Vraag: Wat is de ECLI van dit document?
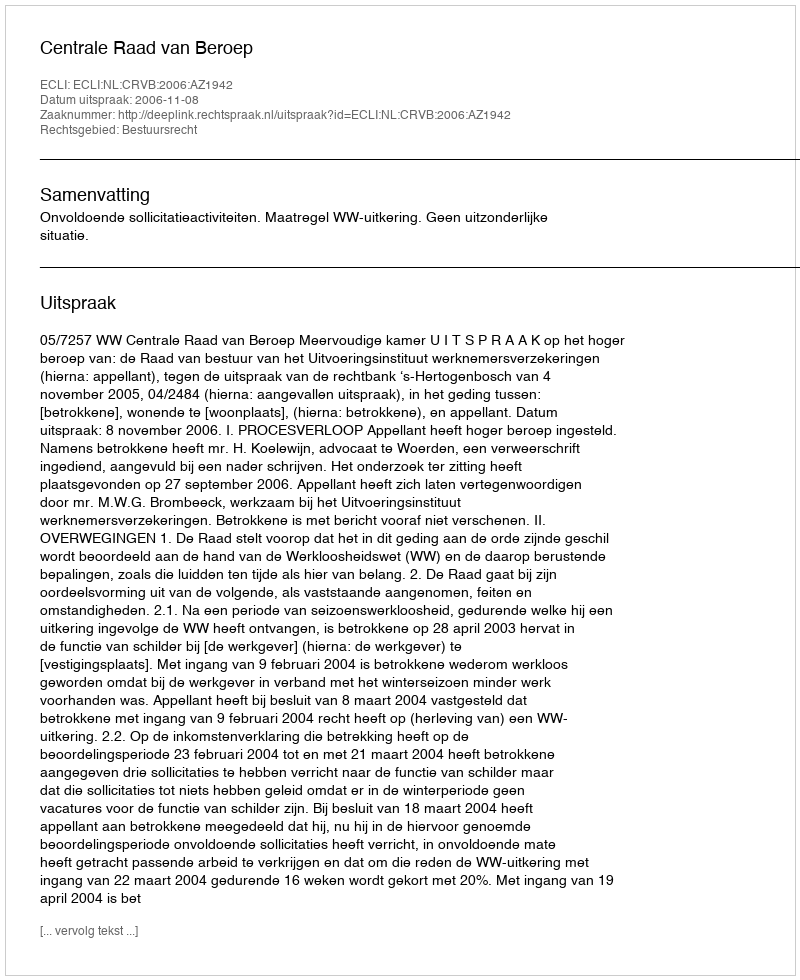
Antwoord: ECLI:NL:CRVB:2006:AZ1942